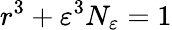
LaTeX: r^{3}+\varepsilon^{3}N_{\varepsilon}=1